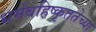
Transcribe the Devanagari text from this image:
धर्मबहिष्कृततेच्या